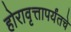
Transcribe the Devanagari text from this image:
होरावृत्तापर्यंतचे